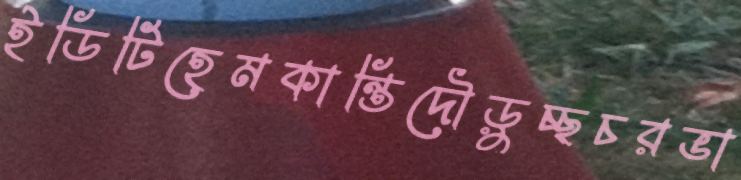
ইডিটিহেমকান্তিদৌড়ুচ্ছচরভা